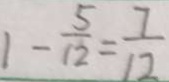
1 - \frac { 5 } { 1 2 } = \frac { 7 } { 1 2 }